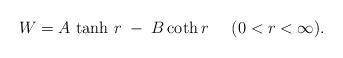
LaTeX: \begin{align*}W=A\, \tanh\,r \;-\;B\, {\rm coth}\,r\;\;\;\;\; (0<r<\infty).\end{align*}